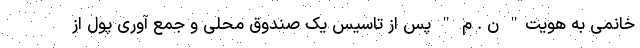
خانمی به هویت" ن . م " پس از تاسیس یک صندوق محلی و جمع آوری پول از